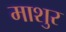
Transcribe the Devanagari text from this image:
माशुर